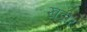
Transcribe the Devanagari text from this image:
खडीर